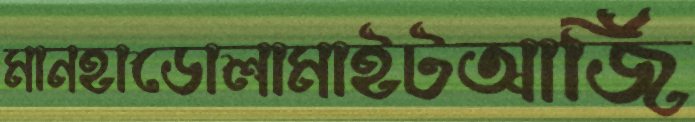
মানহাডোলামাইটআর্জি